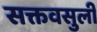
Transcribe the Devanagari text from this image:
सक्तवसुली